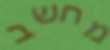
מחשב